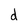
Character: d